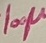
Text: 100µ